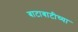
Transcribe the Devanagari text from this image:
बाटाबाटीच्या